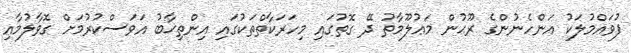
ފުވައްމުލަކު އަންހެނުންގެ ރޫޙުން މަޢުލޫމާތު ދޭ ގޮތުގައި މިހަރަކާތްތަކުގައި އިންތިޚާބު އަވަސްކުރުމަށް ގޮވާލުމާއި